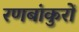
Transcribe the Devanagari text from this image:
रणबांकुरों